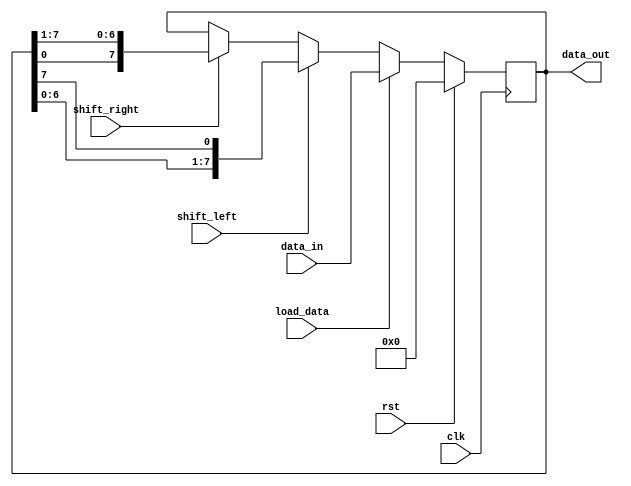
module shift_register (
    input wire clk,
    input wire rst,
    input wire shift_left,
    input wire shift_right,
    input wire load_data,
    input wire [7:0] data_in,
    output wire [7:0] data_out
);

reg [7:0] shift_reg;

always @(posedge clk) begin
    if (rst) begin
        shift_reg <= 8'b00000000;
    end else begin
        if (load_data) begin
            shift_reg <= data_in;
        end else begin
            if (shift_left) begin
                shift_reg <= {shift_reg[6:0], shift_reg[7]};
            end else if (shift_right) begin
                shift_reg <= {shift_reg[0], shift_reg[7:1]};
            end
        end
    end
end

assign data_out = shift_reg;

endmodule